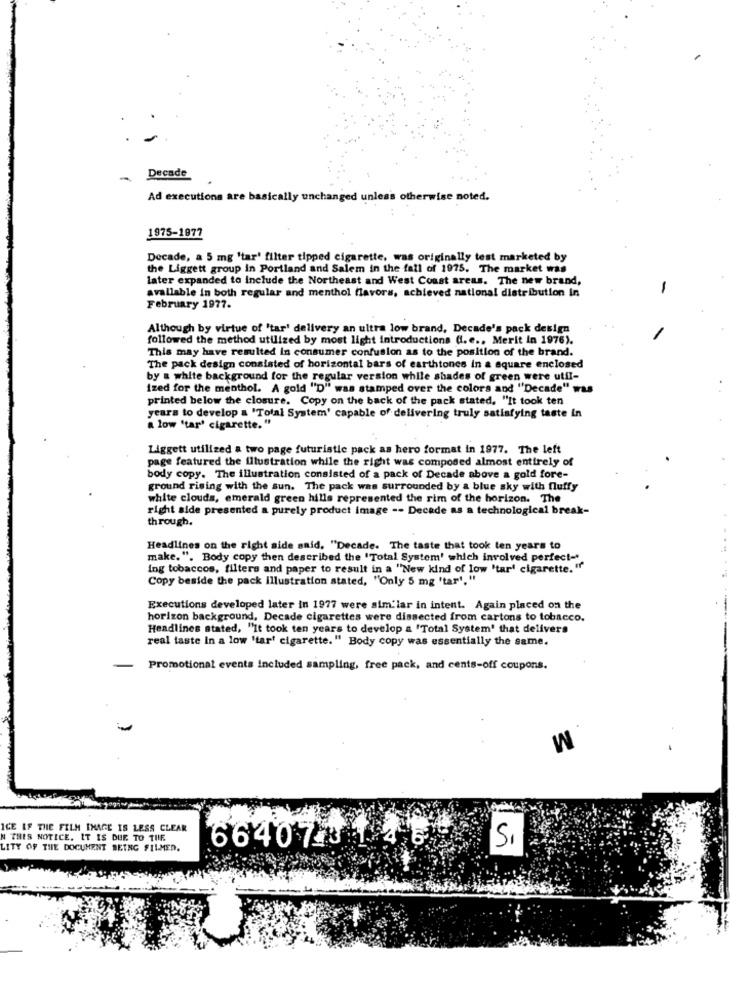
-
Decade
Ad executions are basically unchanged unless otherwise noted.
1975-1877
Decade, a 5 mg 'tar' filter tipped cigarette, was originally test marketed by
the Liggett group in Portland and Salem in the fall of 1975. The market was
later expanded to include the Northeast and West Coast areas. The new brand,
available in both regular and menthol flavors, achieved national distribution In
-
February 1977.
Although by virtue of 'tar' delivery an ultra low brand, Decade's pack design
followed the method utilized by most light introductions (.e ., Merit In 1976).
This may have resulted In consumer confusion as to the position of the brand.
The pack design consisted of horizontal bars of earthtones in a square enclosed
by a white background for the regular version while shades of green were util-
ized for the menthol. A gold "D" was stamped over the colors and "Decade" was
printed below the closure. Copy on the back of the pack stated. "It took ten
years to develop a 'Total System' capable of delivering truly satisfying taste In
a low 'tar' cigarette. "
Liggett utilized a two page futuristic pack as hero format in 1977. The left
page featured the illustration while the right was composed almost entirely of
body copy. The illustration consisted of a pack of Decade above a gold fore-
ground rising with the sun. The pack was surrounded by a blue sky with fluffy
white clouds, emerald green hills represented the rim of the horizon. The
right side presented a purely product image -- Decade as a technological break-
through.
Headlines on the right side said, "Decade. The taste that took ten years to
make. ". Body copy then described the 'Total System' which involved perfect-"
ing tobaccos, filters and paper to result in a "New kind of low 'tar' cigarette."
Copy beside the pack illustration stated, "Only 5 mg 'tart. "
Executions developed later in 1977 were sim'lar in intent. Again placed on the
horizon background, Decade cigarettes were dissected from cartons to tobacco.
Headlines stated, "It took ten years to develop a "Total System' that delivers
real taste In a low 'tar' cigarette." Body copy was essentially the same.
Promotional events included sampling, free pack, and cents-off coupons.
W
ICE IF THE FILM IMAGE IS LESS CLEAR
N THIS NOTICE. IT IS DUE TO THE
SI
LITY OF THE DOCUMENT BEING FILMED.
664077